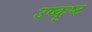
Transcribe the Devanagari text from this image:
उष्कृष्ट